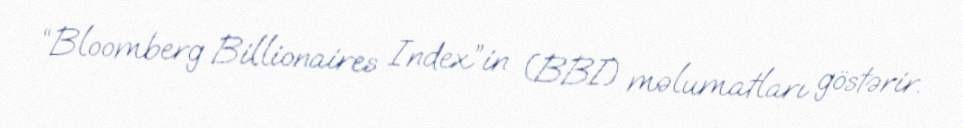
“Bloomberg Billionaires Index”in (BBI) məlumatları göstərir.